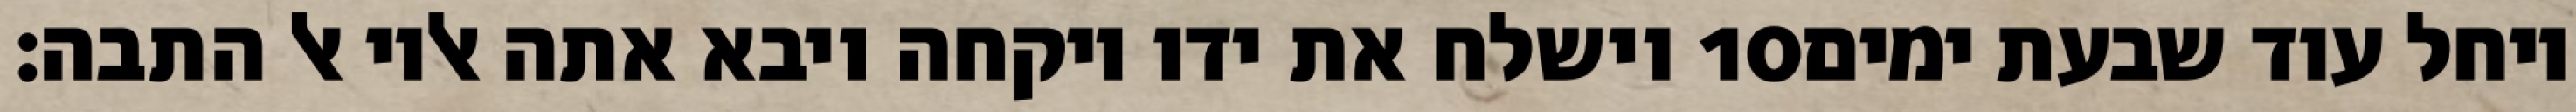
וישלח את ידו ויקחה ויבא אתה אליו אל התבה׃ ‎10‏ ויחל עוד שבעת ימים